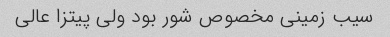
سیب زمینی مخصوص شور بود ولی پیتزا عالی